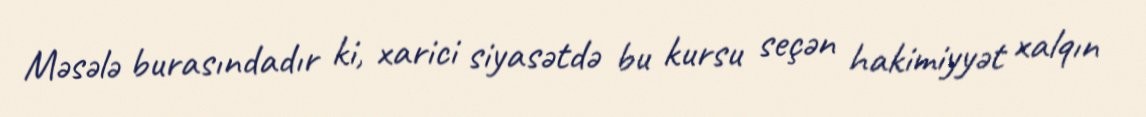
Məsələ burasındadır ki, xarici siyasətdə bu kursu seçən hakimiyyət xalqın